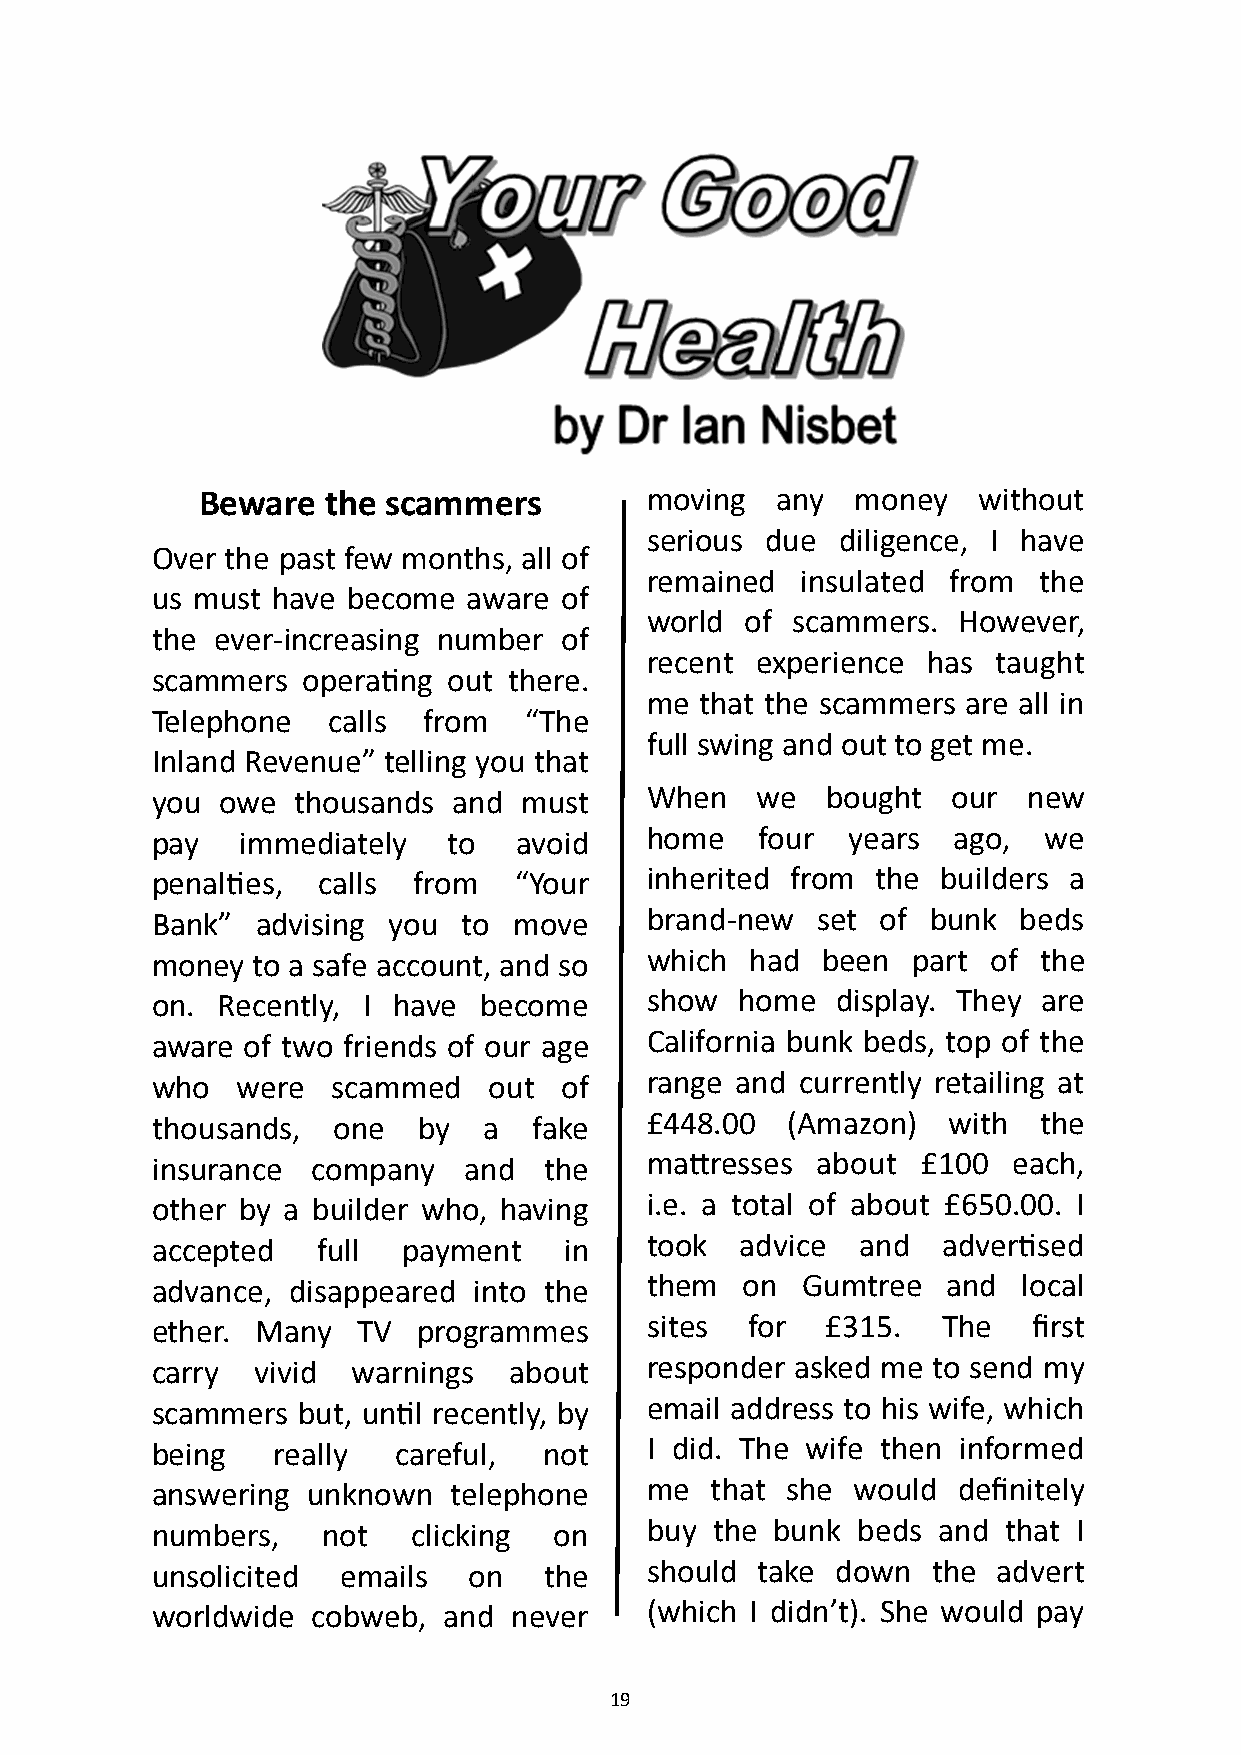
Beware  the  scammers         moving  any   money   without
 serious due  diligence, I have
 Over the past few months, all of
 remained  insulated from  the
 us must have become  aware of
 world of scammers.  However,
 the ever-increasing number of
 recent experience has  taught
 scammers  operating out there.
 me that the scammers are all in
 Telephone   calls from   “The
 full swing and out to get me.
 Inland Revenue” telling you that
 you owe  thousands  and must     When   we   bought  our  new
 pay   immediately   to  avoid    home   four  years  ago,  we
 penalties, calls from   “Your    inherited from the builders a
 Bank”  advising you  to move     brand-new  set of  bunk beds
 money  to a safe account, and so which  had been  part  of the
 on. Recently, I have  become     show  home  display. They are
 aware of two friends of our age  California bunk beds, top of the
 who   were  scammed   out  of    range and currently retailing at
 thousands,  one   by  a  fake    £448.00  (Amazon)   with  the
 insurance  company   and  the    mattresses about  £100  each,
 other by a builder who, having   i.e. a total of about £650.00. I
 accepted   full  payment   in    took  advice  and  advertised
 advance, disappeared into the    them  on  Gumtree   and  local
 ether. Many   TV  programmes     sites for   £315.  The   first
 carry  vivid warnings   about    responder asked me to send my
 scammers  but, until recently, by email address to his wife, which
 being   really  careful,  not    I did. The wife then informed
 answering unknown   telephone    me  that she would  definitely
 numbers,   not   clicking  on    buy the bunk  beds and that I
 unsolicited  emails  on   the    should take down   the advert
 worldwide  cobweb, and  never    (which I didn’t). She would pay
 19